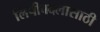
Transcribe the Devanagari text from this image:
लिपीबदलासाठी